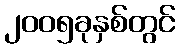
၂၀၀၅ခုနှစ်တွင်